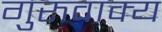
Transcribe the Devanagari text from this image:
गुरुवाक्य